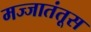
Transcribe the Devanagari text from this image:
मज्जातंतूस